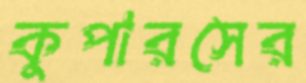
কুপারসের